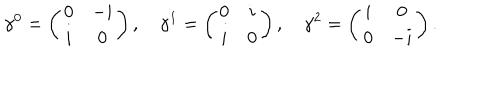
\gamma ^ { 0 } = \left( \begin{array} { c c } { { 0 } } & { { { - i } } } \\ { { i } } & { { { 0 } } } \\ \end{array} \right) , \quad \gamma ^ { 1 } = \left( \begin{array} { c c } { { 0 } } & { { { i } } } \\ { { i } } & { { { 0 } } } \\ \end{array} \right) , \quad \gamma ^ { 2 } = \left( \begin{array} { c c } { { i } } & { { { 0 } } } \\ { { 0 } } & { { { - i } } } \\ \end{array} \right) .